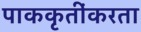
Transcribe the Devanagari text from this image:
पाककृतींकरता